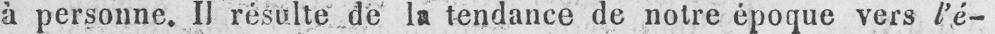
à personne. II résulte de la tendance de notre époque vers l’é-